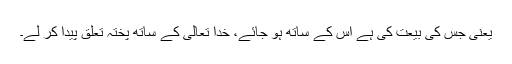
یعنی جس کی بیعت کی ہے اُس کے ساتھ ہو جائے، خدا تعالیٰ کے ساتھ پختہ تعلق پیدا کر لے۔